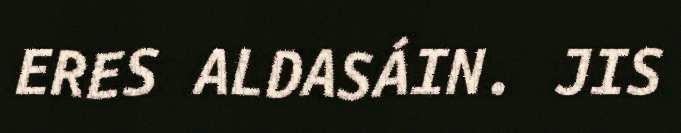
ERES ALDASÁIN. JIS